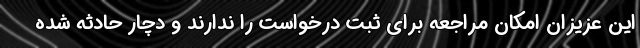
این عزیزان امکان مراجعه برای ثبت درخواست را ندارند و دچار حادثه شده